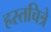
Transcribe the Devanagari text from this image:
हस्तचित्रे